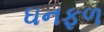
ઘનફળ